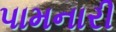
પામનારી